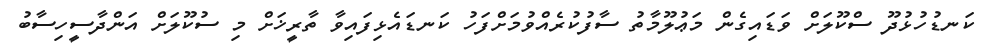
ކަނޑުހުޅުދޫ ސްކޫލަށް ވަޑައިގެން މަޢުލޫމާތު ސާފުކުރެއްވުމަށްފަހު ކަނޑައެޅިފައިވާ ތާރީޚަށް މި ސުކޫލަށް އަންދާސީހިސާބު